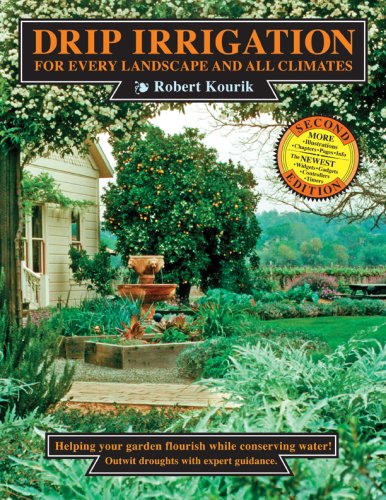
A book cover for Drip Irrigation for Every Landscape and All Climates,  2nd Edition; Robert Kourik; Crafts, Hobbies & Home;